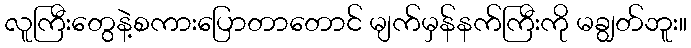
လူကြီးတွေနဲ့စကားပြောတာတောင် မျက်မှန်နက်ကြီးကို မချွတ်ဘူး။